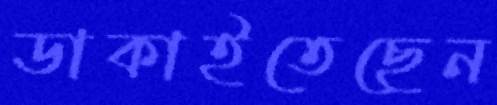
ডাকাইতেছেন